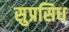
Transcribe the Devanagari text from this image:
सुप्रसिध